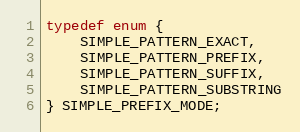
Language: C
typedef enum {
    SIMPLE_PATTERN_EXACT,
    SIMPLE_PATTERN_PREFIX,
    SIMPLE_PATTERN_SUFFIX,
    SIMPLE_PATTERN_SUBSTRING
} SIMPLE_PREFIX_MODE;